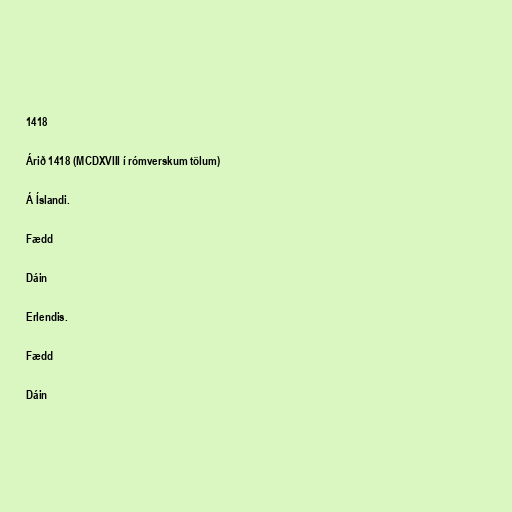
1418

Árið 1418 (MCDXVIII í rómverskum tölum)

Á Íslandi.

Fædd

Dáin

Erlendis.

Fædd

Dáin